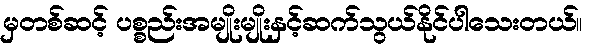
မှတစ်ဆင့် ပစ္စည်းအမျိုးမျိုးနှင့်ဆက်သွယ်နိုင်ပါသေးတယ်။